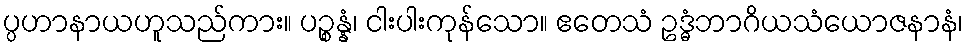
ပ္ပဟာနာယဟူသည်ကား။ ပဉ္စန္နံ၊ ငါးပါးကုန်သော။ ဧတေသံ ဥဒ္ဓံဘာဂိယသံယောဇနာနံ၊